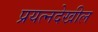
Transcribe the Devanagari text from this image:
प्रयत्‍नदेखील